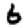
Digit: 6